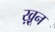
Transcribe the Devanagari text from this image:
ख़़ून